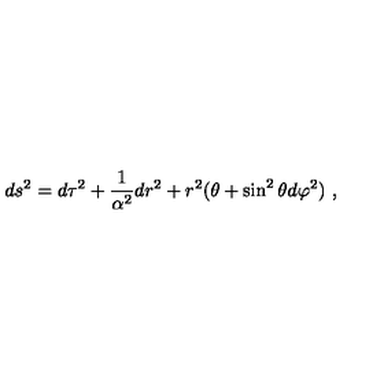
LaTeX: d s ^ { 2 } = d \tau ^ { 2 } + \frac { 1 } { \alpha ^ { 2 } } d r ^ { 2 } + r ^ { 2 } ( \theta + \sin ^ { 2 } \theta d \varphi ^ { 2 } ) \ ,